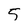
Character: 5